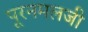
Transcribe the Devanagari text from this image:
पूरनमलजी